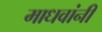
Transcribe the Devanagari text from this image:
माधवांनी